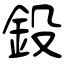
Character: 鈠